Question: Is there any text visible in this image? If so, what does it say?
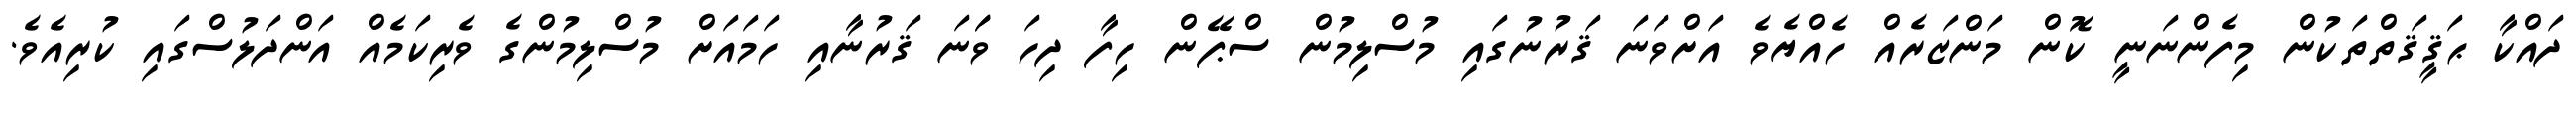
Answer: ދައްކާ ޙަޤީޤަތްތަކުން މިފެންނަނީ ކޮން މަންޒަރެއް ހެއްޔެވެ އަށްވަނަ ޤަރުނުގައި މުސްލިމުން ސްޕޭން ހިފާ ދިހަ ވަަނަ ޤަރުނާއި ހަމައަށް މުސްލިމުންގެ ވެރިކަމެއް އަންދަލުސްގައި ކުރިއެވެ.